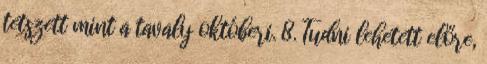
tetszett mint a tavaly októberi. 8. Tudni lehetett előre,